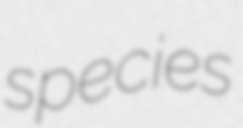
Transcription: species